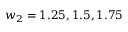
w _ { 2 } = 1 . 2 5 , 1 . 5 , 1 . 7 5